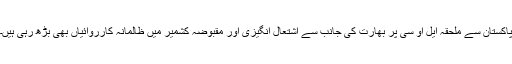
پاکستان سے ملحقہ ایل او سی پر بھارت کی جانب سے اشتعال انگیزی اور مقبوضہ کشمیر میں ظالمانہ کارروائیاں بھی بڑھ رہی ہیں۔